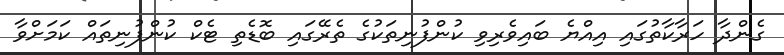
ގެންދާ ހަރާކާތުގައި އިއްޔެ ބައިވެރިވި ކުންފުނިތަކުގެ ތެރޭގައި ބޮޑެތި ޓެކް ކުންފުނިތައް ކަމަށްވާ